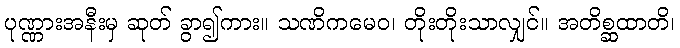
ပုဏ္ဏားအနီးမှ ဆုတ် ခွာ၍ကား။ သဏိကမေဝ၊ တိုးတိုးသာလျှင်။ အတိစ္ဆထာတိ၊